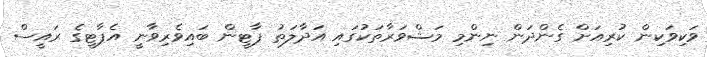
ވަކިވަކިން ކުރިއަށް ގެންދަން ނިންމި މަޝްވަރާތަކުގައި އަދާލަތު ޕާޓީން ބައިވެރިވާނީ އެޕާޓީގެ ރައީސް